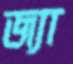
জ্যা